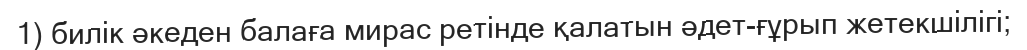
1) билік әкеден балаға мирас ретінде қалатын әдет-ғұрып жетекшілігі;